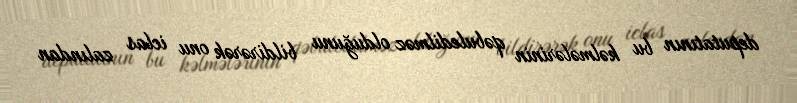
deputatının bu kəlmələrinin qəbuledilməz olduğunu bildirərək onu iclas zalından